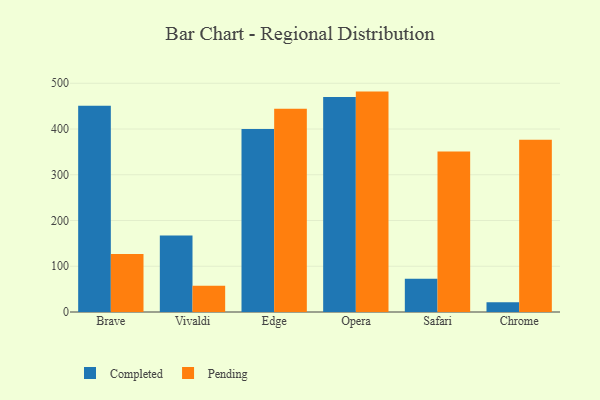
{"axis": {"x": "Browser", "y": "Tickets Resolved"}, "legend": ["Completed", "Pending"], "data": [{"x": "Brave", "y": 450.9, "type": "Completed"}, {"x": "Brave", "y": 126.9, "type": "Pending"}, {"x": "Vivaldi", "y": 167.0, "type": "Completed"}, {"x": "Vivaldi", "y": 57.5, "type": "Pending"}, {"x": "Edge", "y": 400.1, "type": "Completed"}, {"x": "Edge", "y": 444.2, "type": "Pending"}, {"x": "Opera", "y": 469.9, "type": "Completed"}, {"x": "Opera", "y": 481.8, "type": "Pending"}, {"x": "Safari", "y": 72.6, "type": "Completed"}, {"x": "Safari", "y": 350.8, "type": "Pending"}, {"x": "Chrome", "y": 21.5, "type": "Completed"}, {"x": "Chrome", "y": 376.4, "type": "Pending"}]}